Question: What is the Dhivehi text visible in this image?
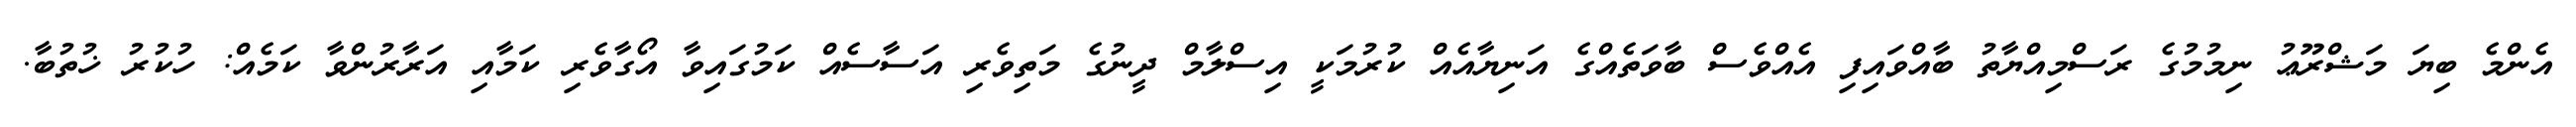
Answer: އެންމެ ބިޔަ މަޝްރޫޢު ނިމުމުގެ ރަސްމިއްޔާތު ބާއްވައިފި އެއްވެސް ބާވަތެއްގެ އަނިޔާއެއް ކުރުމަކީ އިސްލާމް ދީނުގެ މަތިވެރި އަސާސެއް ކަމުގައިވާ އޯގާވެރި ކަމާއި އަރާރުންވާ ކަމެއް: ހުކުރު ޚުތުބާ.